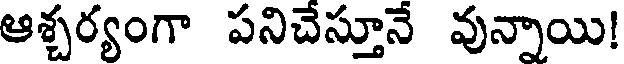
ఆశ్చర్యంగా పనిచేస్తూనే వున్నాయి!